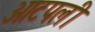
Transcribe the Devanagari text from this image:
आटपली